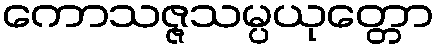
ကောသဇ္ဇသမ္ပယုတ္တော